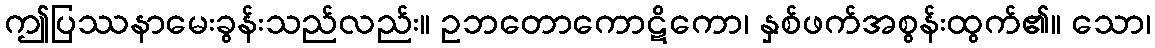
ဤပြဿနာမေးခွန်းသည်လည်း။ ဥဘတောကောဋိကော၊ နှစ်ဖက်အစွန်းထွက်၏။ သော၊